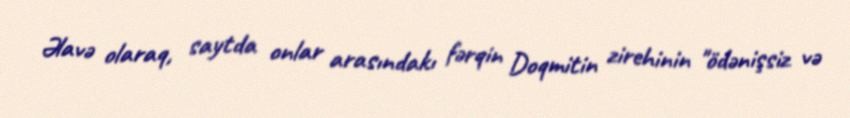
Əlavə olaraq, saytda onlar arasındakı fərqin Doqmitin zirehinin "ödənişsiz və